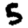
Digit: 5